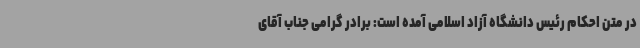
در متن احکام رئیس دانشگاه آزاد اسلامی آمده است: برادر گرامی جناب آقای